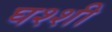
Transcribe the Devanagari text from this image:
घश्शी